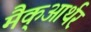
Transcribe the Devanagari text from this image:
मैक्‌आर्थर